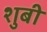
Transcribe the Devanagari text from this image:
शुबी